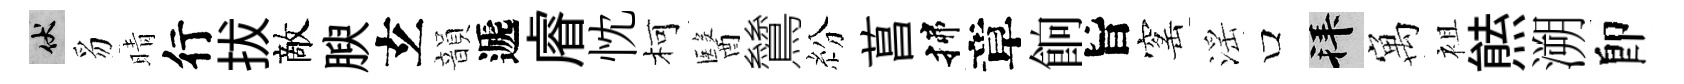
伏豸晴行拔敵腴𤣥韻遞𥈠忱柯醫鷥紛菖揲章餉旨窰滛口拜寓袓㷱溯卽